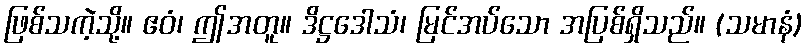
ဖြစ်သကဲ့သို့။ ဧဝံ၊ ဤအတူ။ ဒိဋ္ဌဒေါသံ၊ မြင်အပ်သော အပြစ်ရှိသည်။ (သမာနံ)